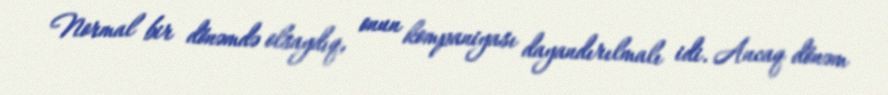
Normal bir dönəmdə olsaydıq, onun kompaniyası dayandırılmalı idi. Ancaq dönəm